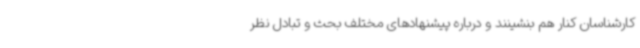
کارشناسان کنار هم بنشینند و درباره پیشنهادهای مختلف بحث و تبادل نظر